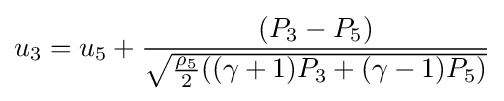
u_{3}=u_{5}+{\frac {(P_{3}-P_{5})}{\sqrt {{\frac {\rho _{5}}{2}}((\gamma +1)P_{3}+(\gamma -1)P_{5})}}}